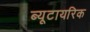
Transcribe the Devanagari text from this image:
ब्यूटायरिक